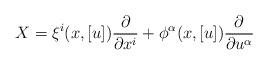
LaTeX: \begin{align*}X=\xi^i(x,[u])\frac{\partial}{\partial x^i}+\phi^{\alpha}(x,[u])\frac{\partial}{\partial u^{\alpha}}\end{align*}